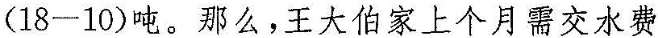
$$(18-10)$$吨。那么，王大伯家上个月需交水费